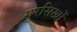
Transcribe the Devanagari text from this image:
गुरसिखों